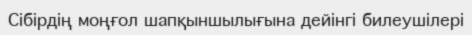
Сібірдің моңғол шапқыншылығына дейінгі билеушілері